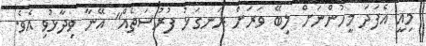
މިއީ އެފަދަ މީހުންނަށް ލިބޭ ވަރަށް ރަނގަޅު ފުރުސަތެއް" އޭނާ ވިދާޅުވި އެވެ.